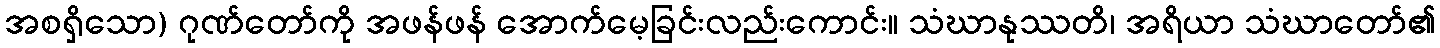
အစရှိသော) ဂုဏ်တော်ကို အဖန်ဖန် အောက်မေ့ခြင်းလည်းကောင်း။ သံဃာနုဿတိ၊ အရိယာ သံဃာတော်၏